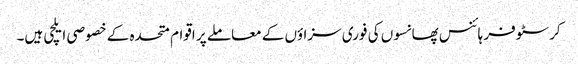
کرسٹوفر ہائنس پھانسوں کی فوری سزاؤں کے معاملے پر اقوام متحدہ کے خصوصی ایلچی ہیں۔